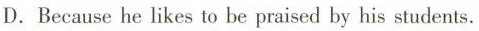
D. Because mhc he likes lo be praisea by his students.